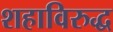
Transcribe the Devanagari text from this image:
शहाविरुद्ध